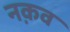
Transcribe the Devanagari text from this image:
नक़व